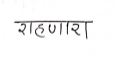
मजकूर: राहणारा